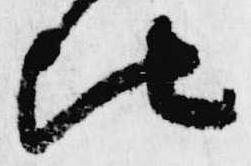
比